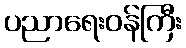
ပညာရေးဝန်ကြီး